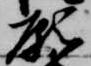
願